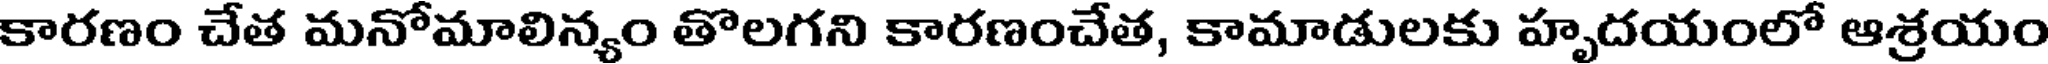
కారణం చేత మనోమాలిన్యం తొలగని కారణంచేత, కామాడులకు హృదయంలో ఆశ్రయం